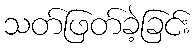
သတ်ဖြတ်ခဲ့ခြင်း